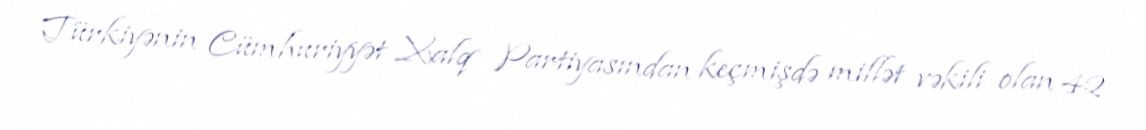
Türkiyənin Cümhuriyyət Xalq Partiyasından keçmişdə millət vəkili olan 42